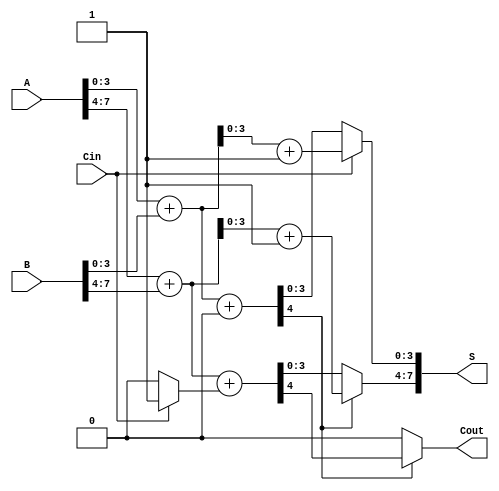
module CCSLA_8bit (
    input [7:0] A,
    input [7:0] B,
    input Cin,
    output [7:0] S,
    output Cout
);
    wire [3:0] S0_block0, S1_block0, S0_block1, S1_block1;
    wire C_out_block0, C_out_block1;
    wire carry_select_block0, carry_select_block1;

    // First 4-bit block
    assign {C_out_block0, S0_block0} = A[3:0] + B[3:0] + 0; // Sum with Cin = 0
    assign {C_out_block0_1, S1_block0} = A[3:0] + B[3:0] + 1; // Sum with Cin = 1

    // Select sum and carry for first block
    assign carry_select_block0 = Cin; // carry_in is used to select
    assign S[3:0] = carry_select_block0 ? S1_block0 : S0_block0;
    
    // Second 4-bit block
    assign {C_out_block1, S0_block1} = A[7:4] + B[7:4] + (carry_select_block0 ? 1 : 0); // Sum with carry in from block0
    assign {C_out_block1_1, S1_block1} = A[7:4] + B[7:4] + 1; // Sum with Cin block1 as 1

    // Select sum and carry for second block
    assign carry_select_block1 = C_out_block0; // carry_out from block 0 is used to select
    assign S[7:4] = carry_select_block1 ? S1_block1 : S0_block1;

    // Final carry out
    assign Cout = carry_select_block1 ? C_out_block1 : C_out_block0;

endmodule